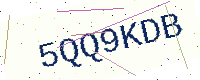
Text: 5QQ9KDB